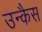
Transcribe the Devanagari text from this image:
उन्कैस